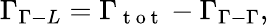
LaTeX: \Gamma_{\Gamma-L}=\Gamma_{\mathrm{~t~o~t~}}-\Gamma_{\Gamma-\Gamma},